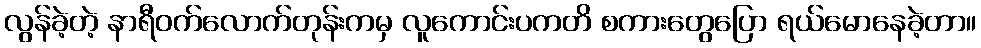
လွန်ခဲ့တဲ့ နာရီဝက်လောက်တုန်းကမှ လူကောင်းပကတိ စကားတွေပြော ရယ်မောနေခဲ့တာ။